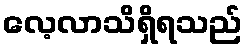
လေ့လာသိရှိရသည်